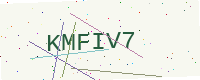
Text: KMFIV7